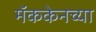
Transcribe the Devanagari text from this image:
मॅककेनच्या